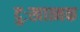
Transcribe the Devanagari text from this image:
दुःखात्मक